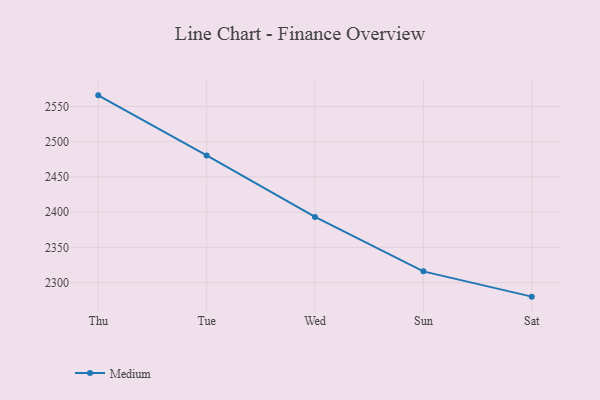
{"axis": {"x": "Day", "y": "Conversion Rate (%)"}, "legend": ["Medium"], "data": [{"x": "Thu", "y": 2565.8, "type": "Medium"}, {"x": "Tue", "y": 2480.6, "type": "Medium"}, {"x": "Wed", "y": 2393.3, "type": "Medium"}, {"x": "Sun", "y": 2316.1, "type": "Medium"}, {"x": "Sat", "y": 2280.2, "type": "Medium"}]}